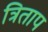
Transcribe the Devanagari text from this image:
त्रिताप